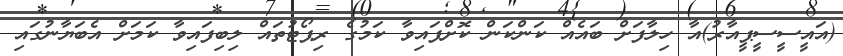
(އައީސީސީޕީއާރު)އާ ހިލާފަށް ބައެއް ކަންކަން ކޮށްފައިވާ ކަމުގެ ރިޕޯޓުތައް ލިބިފައިވާ ކަމަށް އެބަޔާނުގައި